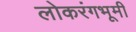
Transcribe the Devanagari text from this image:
लोकरंगभूमी